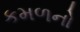
કમળનો